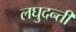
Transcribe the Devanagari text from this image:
लघुदन्ती